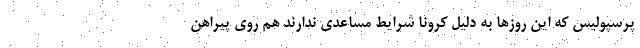
پرسپولیس که این روزها به دلیل کرونا شرایط مساعدی ندارند هم روی پیراهن